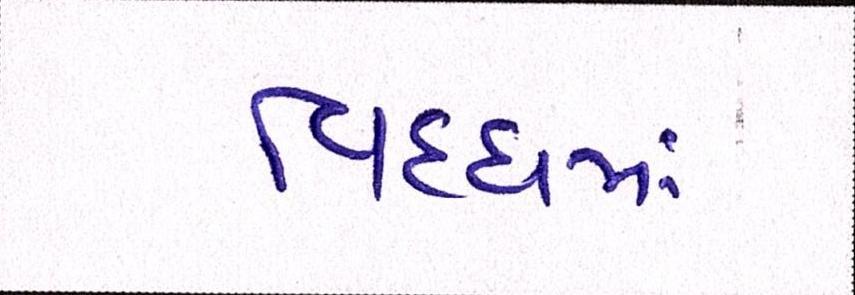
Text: વિધ્ધમાં